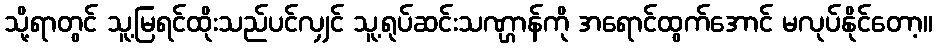
သို့ရာတွင် သူ့မြရင်ထိုးသည်ပင်လျှင် သူ့ရုပ်ဆင်းသဏ္ဌာန်ကို အရောင်ထွက်အောင် မလုပ်နိုင်တော့။